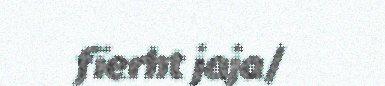
fïerht jaja/